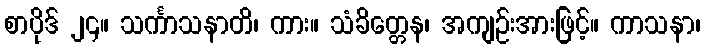
စာပိုဒ် ၂၄။ သင်္ကာသနာတိ၊ ကား။ သံခိတ္တေန၊ အကျဉ်းအားဖြင့်။ ကာသနာ၊